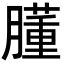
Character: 𦡂